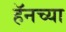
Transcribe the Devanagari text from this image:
हॅनच्या